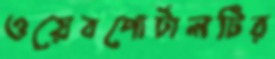
ওয়েবপোর্টালটির